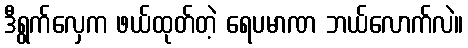
ဒီရွက်လှေက ဖယ်ထုတ်တဲ့ ရေပမာဏ ဘယ်လောက်လဲ။